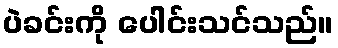
ပဲခင်းကို ပေါင်းသင်သည်။